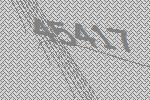
45417